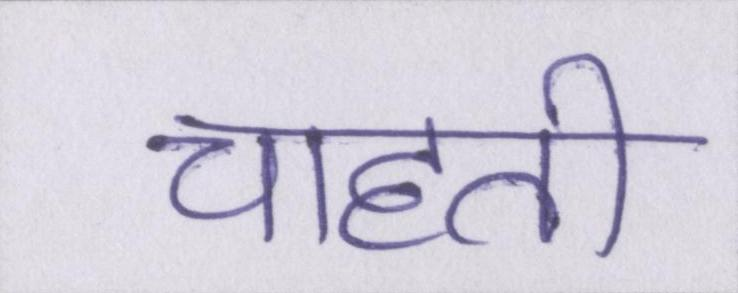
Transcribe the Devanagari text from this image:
चाहती